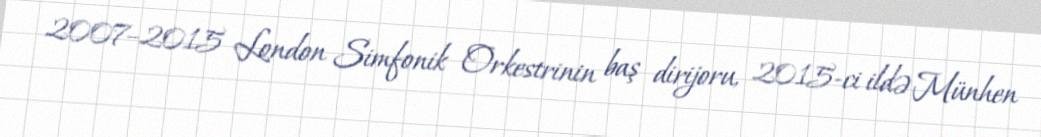
2007–2015 London Simfonik Orkestrinin baş dirijoru, 2015-ci ildə Münhen